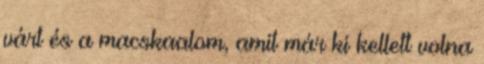
várt és a macskaalom, amit már ki kellett volna